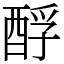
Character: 酻